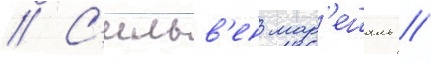
// С'ильв'ен мар'ешаль //